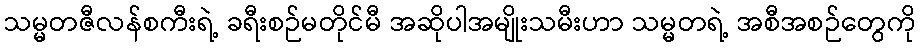
သမ္မတဇီလန်စကီးရဲ့ ခရီးစဉ်မတိုင်မီ အဆိုပါအမျိုးသမီးဟာ သမ္မတရဲ့ အစီအစဉ်တွေကို